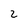
Character: 2